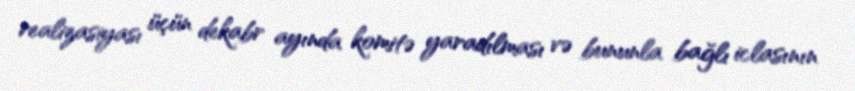
realizasiyası üçün dekabr ayında komitə yaradılması və bununla bağlı iclasının